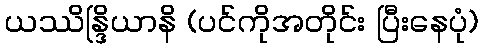
ယဿိန္ဒြိယာနိ (ပင်ကိုအတိုင်း ပြီးနေပုံ)